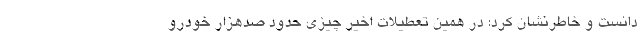
دانست و خاطرنشان کرد: در همین تعطیلات اخیر چیزی حدود صدهزار خودرو